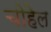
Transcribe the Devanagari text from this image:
चोहेल